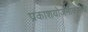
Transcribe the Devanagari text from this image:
प्रकाशयोजनाकाराचे